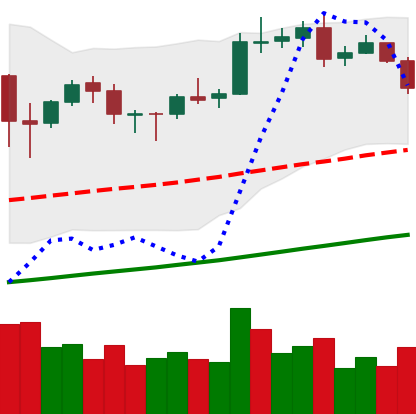
Ticker: BNB-USD
Chart end date: 2020-10-20
Forward return: 4.528%
Label: up_3_5